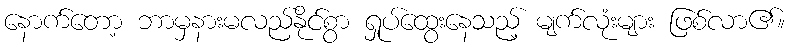
နောက်တော့ ဘာမှနားမလည်နိုင်စွာ ရှုပ်ထွေးနေသည့် မျက်လုံးများ ဖြစ်လာ၏။